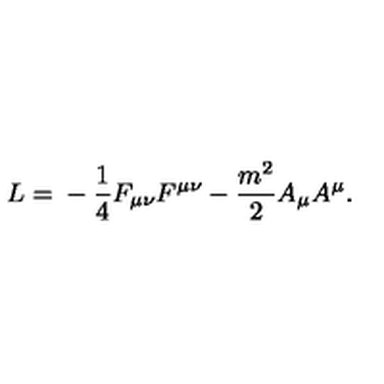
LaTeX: L = \mathrm { } - \frac { 1 } { 4 } F _ { \mu \nu } F ^ { \mu \nu } - \frac { m ^ { 2 } } { 2 } A _ { \mu } A ^ { \mu } .